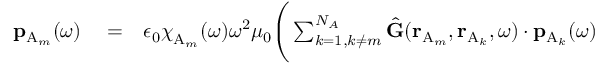
\begin{array} { r l r } { \mathbf { p } _ { \mathrm { A } _ { m } } ( \omega ) } & { { } = } & { \epsilon _ { 0 } \boldsymbol { { \chi } } _ { \mathrm { A } _ { m } } ( \omega ) \omega ^ { 2 } \mu _ { 0 } \Bigg ( \sum _ { k = 1 , k \neq m } ^ { N _ { A } } \hat { \mathbf { G } } ( \mathbf { r } _ { \mathrm { A } _ { m } } , \mathbf { r } _ { \mathrm { A } _ { k } } , \omega ) \cdot \mathbf { p } _ { \mathrm { A } _ { k } } ( \omega ) } \end{array}